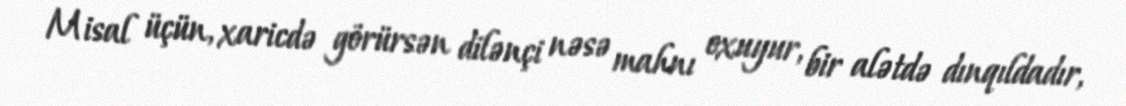
Misal üçün, xaricdə görürsən dilənçi nəsə mahnı oxuyur, bir alətdə dınqıldadır,